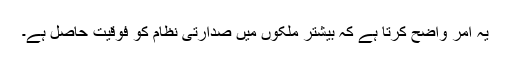
یہ امر واضح کرتا ہے کہ بیشتر ملکوں میں صدارتی نظام کو فوقیت حاصل ہے۔